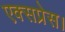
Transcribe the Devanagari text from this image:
एक्‍सप्रेस।